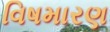
વિષમારણ